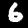
Label: 6